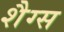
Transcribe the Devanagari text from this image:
शैग्स